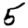
Digit: 5